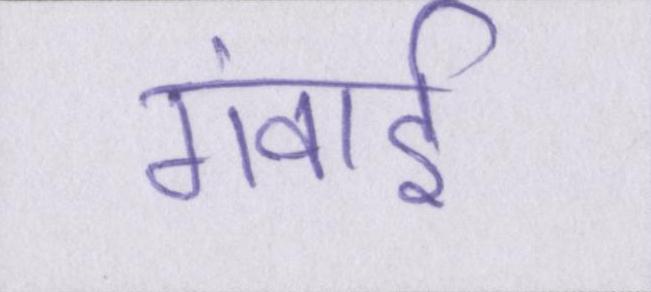
गंवाई